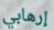
إرهابي